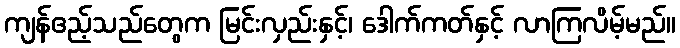
ကျန်ဧည့်သည်တွေက မြင်းလှည်းနှင့်၊ ဒေါက်ကတ်နှင့် လာကြလိမ့်မည်။